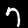
Label: 7